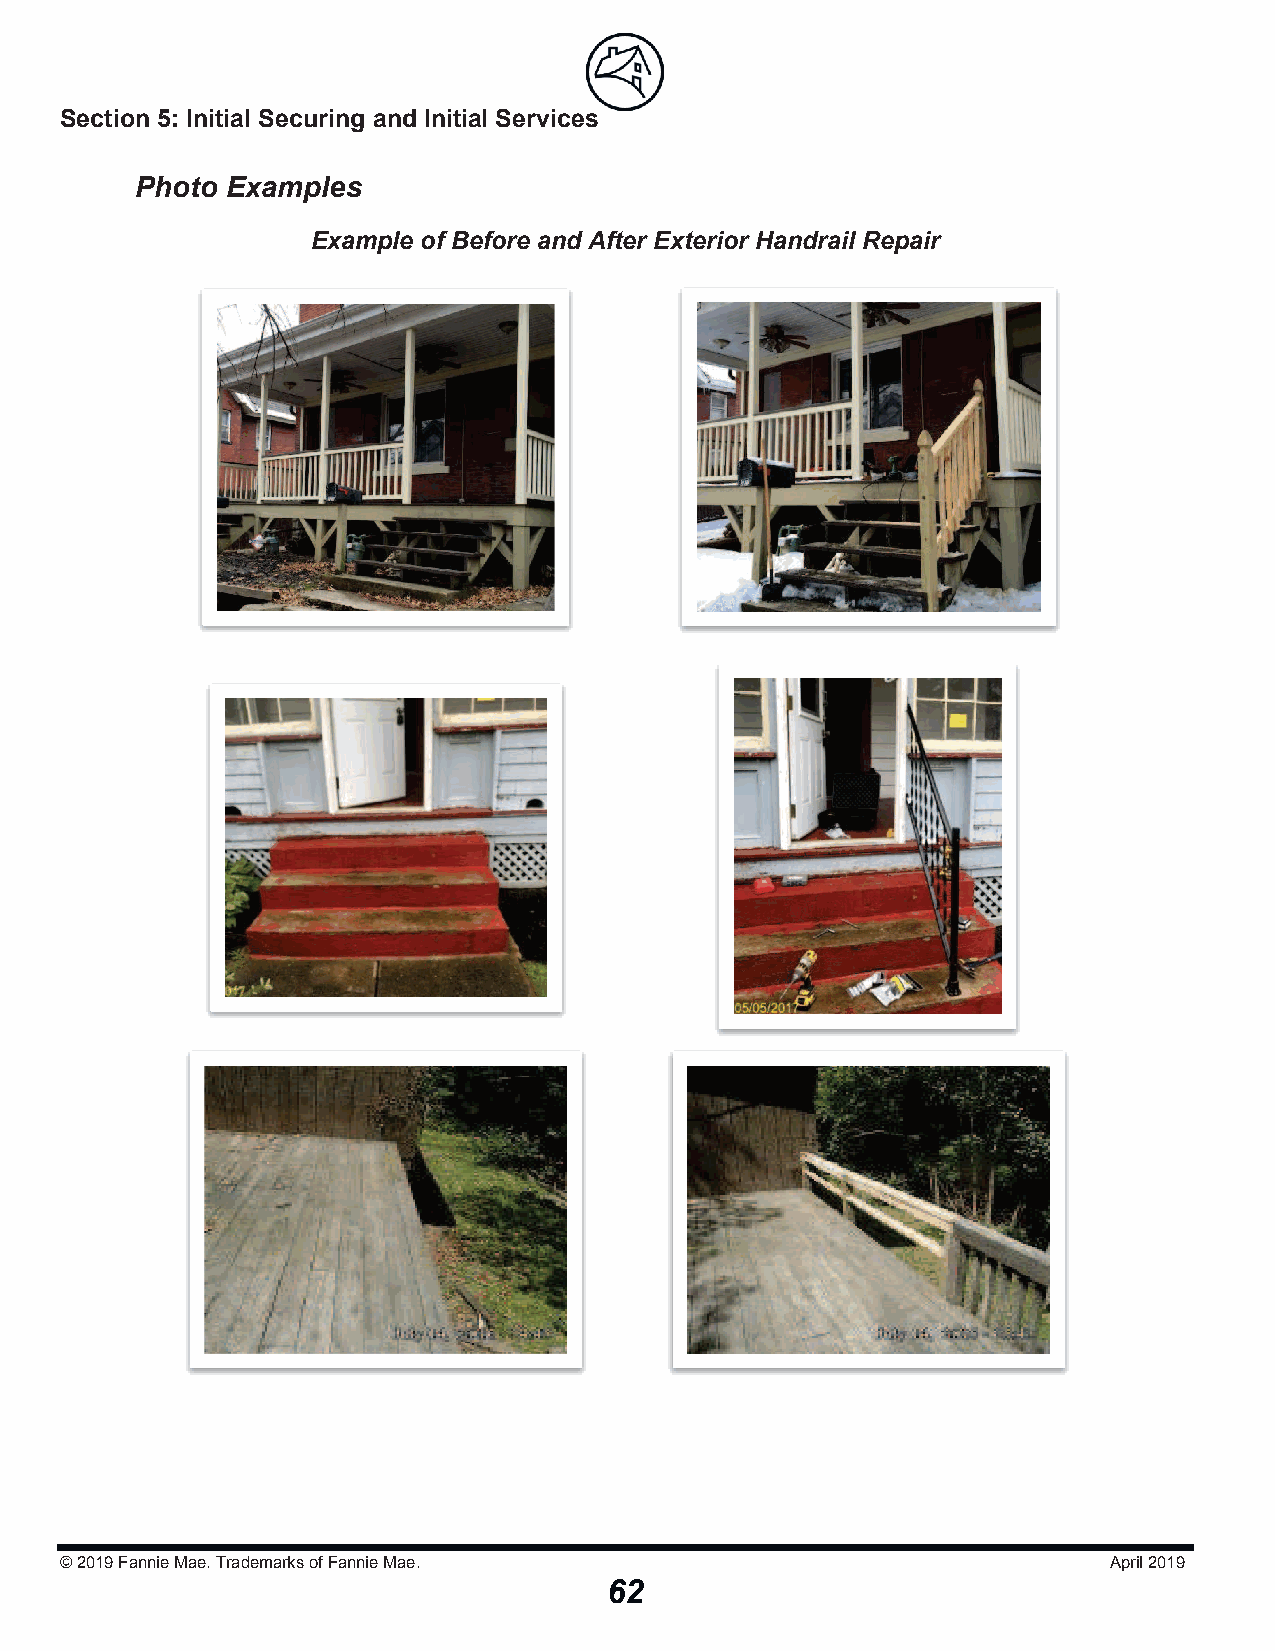
Section 5: Initial Securing and Initial Serviicceess
 Photo Examples
 Example of Before and After Exterior Handrail Repair
 © 2019Fannie Mae. Trademarks of Fannie Mae.                          April 2019
 62